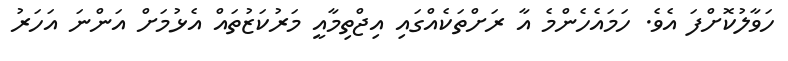
ހަވާލުކޮށްފަ އެވެ. ހަމައެހެންމެ އާ ރަށްތަކެއްގައި އިޖްތިމާއީ މަރުކަޒުތައް އެޅުމަށް އަންނަ އަހަރު